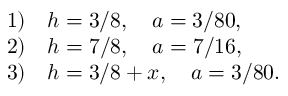
\begin{array} { l l } { { 1 ) } } & { { h = 3 / 8 , \quad a = 3 / 8 0 , } } \\ { { 2 ) } } & { { h = 7 / 8 , \quad a = 7 / 1 6 , } } \\ { { 3 ) } } & { { h = 3 / 8 + x , \quad a = 3 / 8 0 . } } \end{array}